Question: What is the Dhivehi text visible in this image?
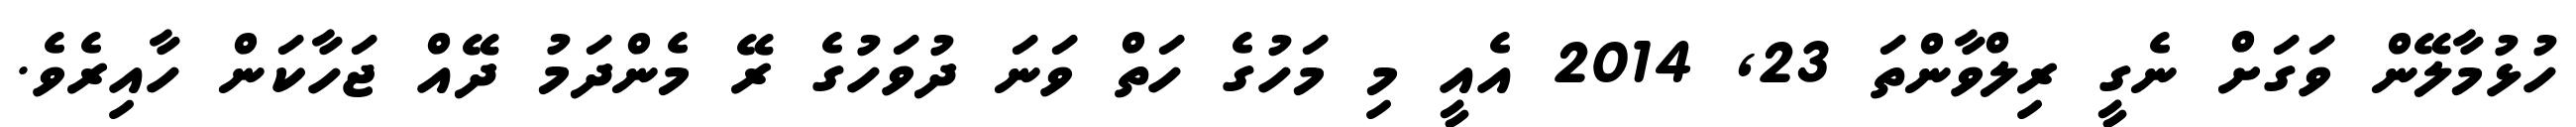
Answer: ހުޅުމާލޭން ވަގަށް ނެގީ ރިލްވާންތަ 23, 2014 އެއީ މި މަހުގެ ހަތް ވަނަ ދުވަހުގެ ރޭ މެންދަމު ދޭއް ޖަހާކަން ހާއިރެވެ.